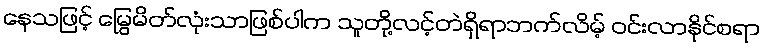
နေသဖြင့် မြွေမိတ်လုံးသာဖြစ်ပါက သူတို့လင့်တဲရှိရာဘက်လိမ့် ဝင်းလာနိုင်စရာ